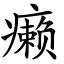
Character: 癞